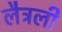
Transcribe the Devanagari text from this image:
लैट्रली